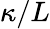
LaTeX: \kappa/L